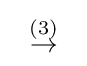
\;\;{\stackrel {(3)}{\to }}\;\;